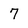
Character: 7